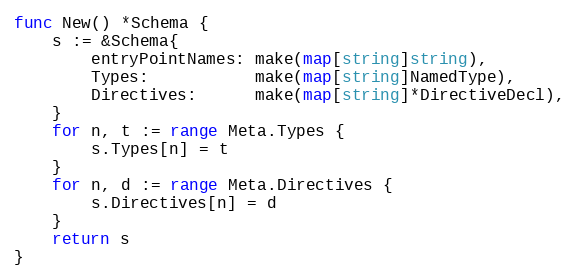
Language: Go
func New() *Schema {
	s := &Schema{
		entryPointNames: make(map[string]string),
		Types:           make(map[string]NamedType),
		Directives:      make(map[string]*DirectiveDecl),
	}
	for n, t := range Meta.Types {
		s.Types[n] = t
	}
	for n, d := range Meta.Directives {
		s.Directives[n] = d
	}
	return s
}